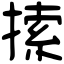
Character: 𢱢